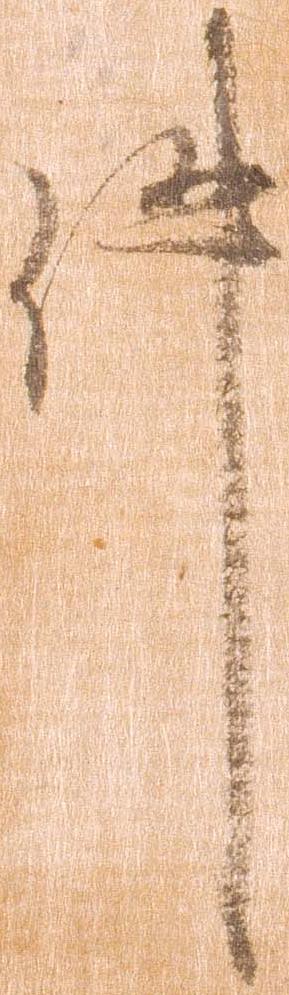
件